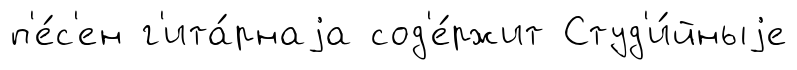
п'е́с'ен г'ита́рнаjа сод'е́ржит Студ'и́йныjе